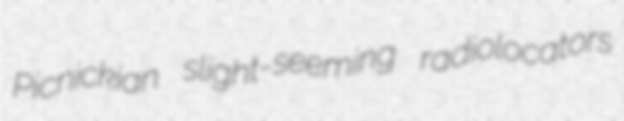
Picnickian slight-seeming radiolocators